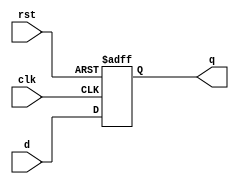
`timescale 1ns / 1ps
//////////////////////////////////////////////////////////////////////////////////
// Company: 
// Engineer: 
// 
// Design Name: 
// Module Name: dff
// Project Name: 
// Target Devices: 
// Tool Versions: 
// Description: 
// 
// Dependencies: 
// 
// Revision:
// Revision 0.01 - File Created
// Additional Comments:
// 
//////////////////////////////////////////////////////////////////////////////////

module dff (input d,  
              input rst,  
              input clk,  
              output reg q);  
              
              always @(posedge clk or posedge rst)
              begin
              if(rst == 1'b1)
                q <= 1'b0;
              else
                q <= d;
              end
endmodule